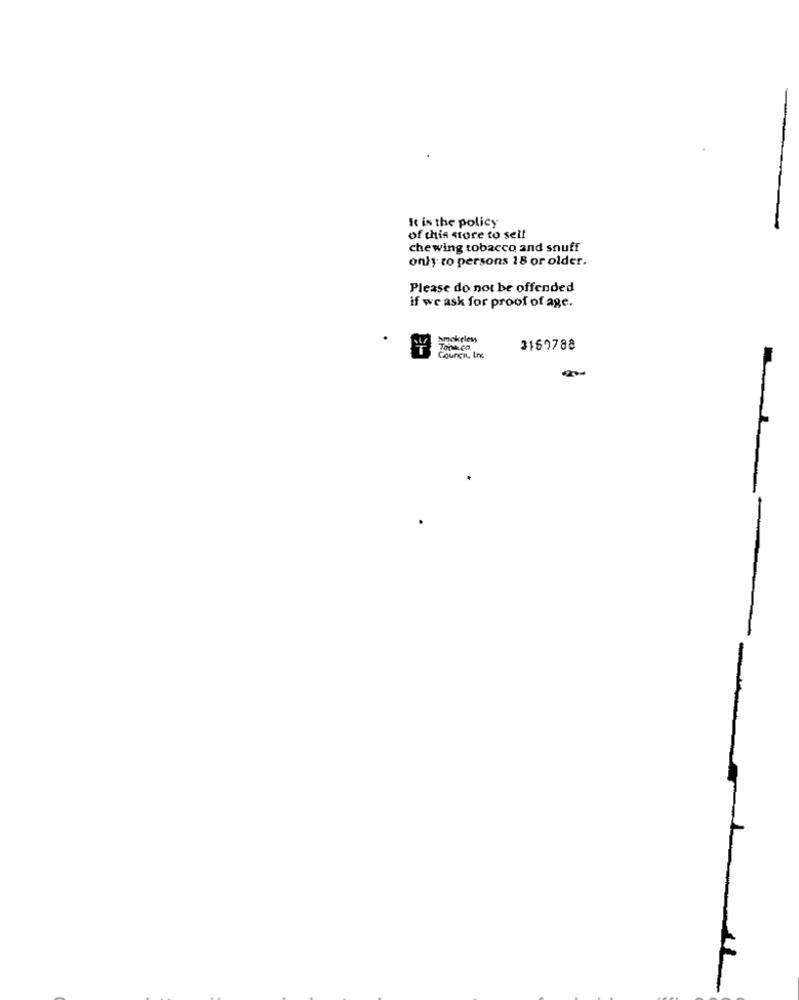
It in the policy
of this store to sell
chewing tobacco and snuff
only to persons 18 or older.
Please do not be offended
if we ask for proof of age.
amokeles
Tontica
3169788
Council, Irc